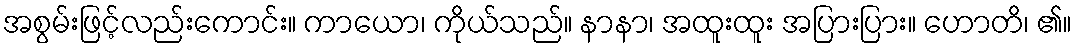
အစွမ်းဖြင့်လည်းကောင်း။ ကာယော၊ ကိုယ်သည်။ နာနာ၊ အထူးထူး အပြားပြား။ ဟောတိ၊ ၏။